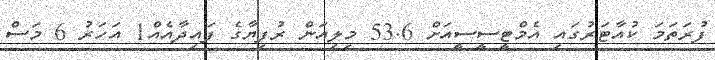
ފުރަތަމަ ކުއާޓަރުގައި އެމްޓީސީސީއަށް 53.6 މިލިއަން ރުފިޔާގެ ފައިދާއެއް1 އަހަރު 6 މަސް